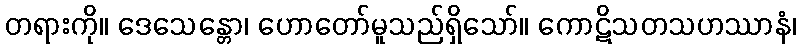
တရားကို။ ဒေသေန္တော၊ ဟောတော်မူသည်ရှိသော်။ ကောဋိသတသဟဿာနံ၊